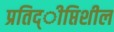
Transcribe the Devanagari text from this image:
प्रतिद्ीप्तिशील